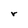
Character: r